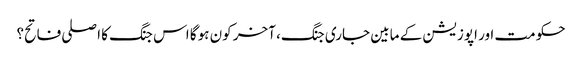
حکومت اور اپوزیشن کے مابین جاری جنگ، آخر کون ہوگا اس جنگ کا اصلی فاتح؟